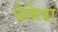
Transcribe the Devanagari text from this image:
घेतेला